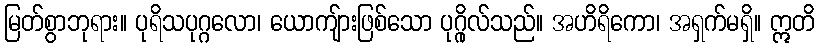
မြတ်စွာဘုရား။ ပုရိသပုဂ္ဂလော၊ ယောကျ်ားဖြစ်သော ပုဂ္ဂိုလ်သည်။ အဟိရိကော၊ အရှက်မရှိ။ ဣတိ